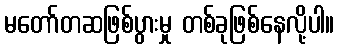
မတော်တဆဖြစ်ပွားမှု တစ်ခုဖြစ်နေလို့ပါ။